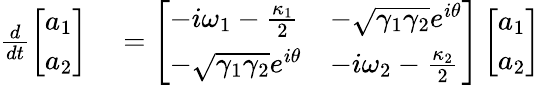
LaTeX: \begin{array}{rl}{\frac{d}{dt}\left[\begin{array}{l}{a_{1}}\\ {a_{2}}\end{array}\right]}&{{}=\left[\begin{array}{ll}{-i\omega_{1}-\frac{\kappa_{1}}{2}}&{-\sqrt{\gamma_{1}\gamma_{2}}e^{i\theta}}\\ {-\sqrt{\gamma_{1}\gamma_{2}}e^{i\theta}}&{-i\omega_{2}-\frac{\kappa_{2}}{2}}\end{array}\right]\left[\begin{array}{l}{a_{1}}\\ {a_{2}}\end{array}\right]}\end{array}